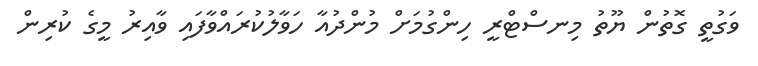
ވަގުތީ ގޮތުން ޔޫތު މިނސްޓްރީ ހިންގުމަށް މުންދުއާ ހަވާލުކުރައްވާފައި ވާއިރު މީގެ ކުރިން